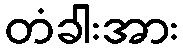
တံခါးအား